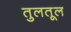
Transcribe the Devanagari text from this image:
तुलतूल